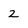
Character: 2